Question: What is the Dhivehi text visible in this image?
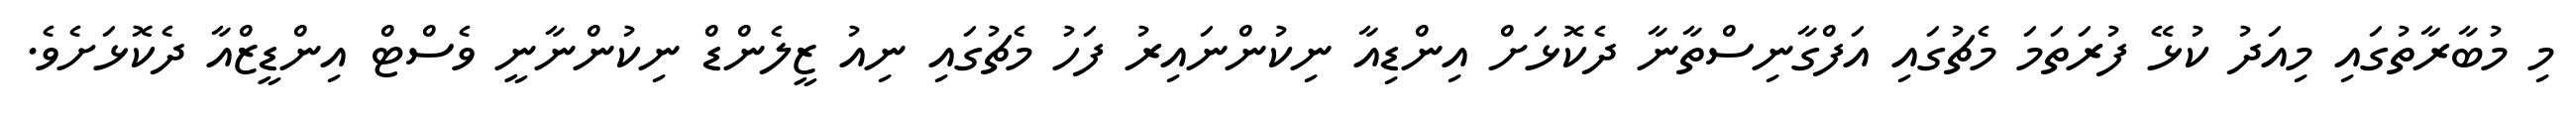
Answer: މި މުބާރާތުގައި މިއަދު ކުޅޭ ފުރަތަމަ މެޗުގައި އަފްގާނިސްތާނާ ދެކޮޅަށް އިންޑިއާ ނިކުންނައިރު ފަހު މެޗުގައި ނިއު ޒީލެންޑް ނިކުންނާނީ ވެސްޓް އިންޑީޒްއާ ދެކޮޅަށެވެ.